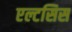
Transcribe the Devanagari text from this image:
एल्टसिस